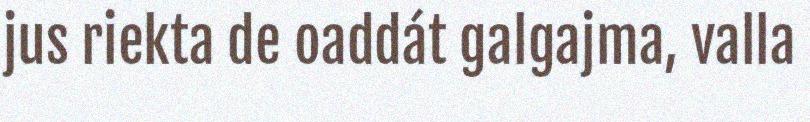
jus riekta de oaddát galgajma, valla